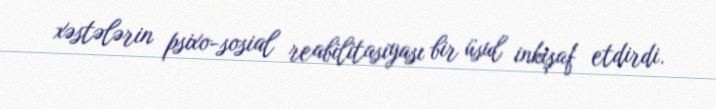
xəstələrin psixo-sosial reabilitasiyası bir üsul inkişaf etdirdi.